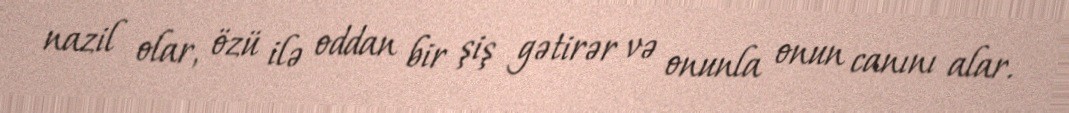
nazil olar, özü ilə oddan bir şiş gətirər və onunla onun canını alar.